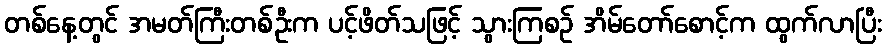
တစ်နေ့တွင် အမတ်ကြီးတစ်ဦးက ပင့်ဖိတ်သဖြင့် သွားကြစဉ် အိမ်တော်စောင့်က ထွက်လာပြီး